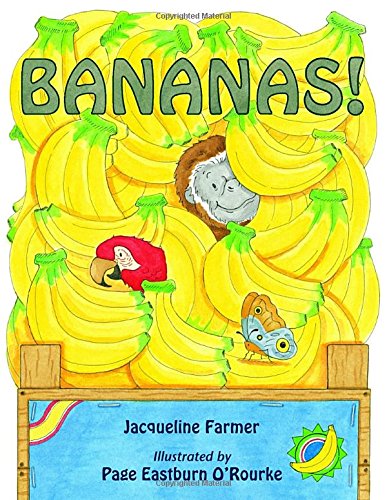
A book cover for Bananas!; Jacqueline Farmer; Children's Books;